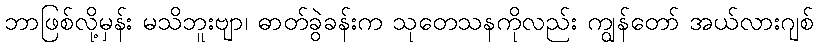
ဘာဖြစ်လို့မှန်း မသိဘူးဗျာ၊ ဓာတ်ခွဲခန်းက သုတေသနကိုလည်း ကျွန်တော် အယ်လားဂျစ်